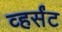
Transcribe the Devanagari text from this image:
व्हर्संट